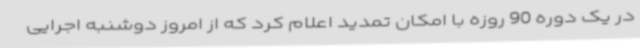
در یک دوره 90 روزه با امکان تمدید اعلام کرد که از امروز دوشنبه اجرایی